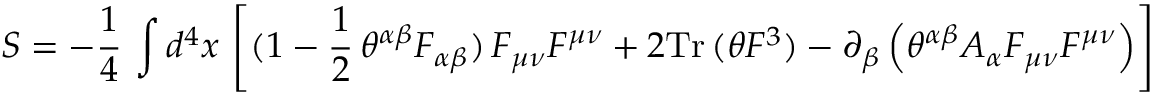
S = - \frac { 1 } { 4 } \, \int d ^ { 4 } x \, \left[ ( 1 - \frac { 1 } { 2 } \, \theta ^ { \alpha \beta } F _ { \alpha \beta } ) \, F _ { \mu \nu } F ^ { \mu \nu } + 2 \mathrm { T r } \, ( \theta F ^ { 3 } ) - \partial _ { \beta } \left( \theta ^ { \alpha \beta } A _ { \alpha } F _ { \mu \nu } F ^ { \mu \nu } \right) \right]